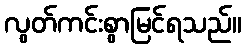
လွတ်ကင်းစွာမြင်ရသည်။